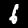
Digit: 6